Annual report on the working of the mental hospitals in the Madras Presidency - 1912-1932
Year: 1912
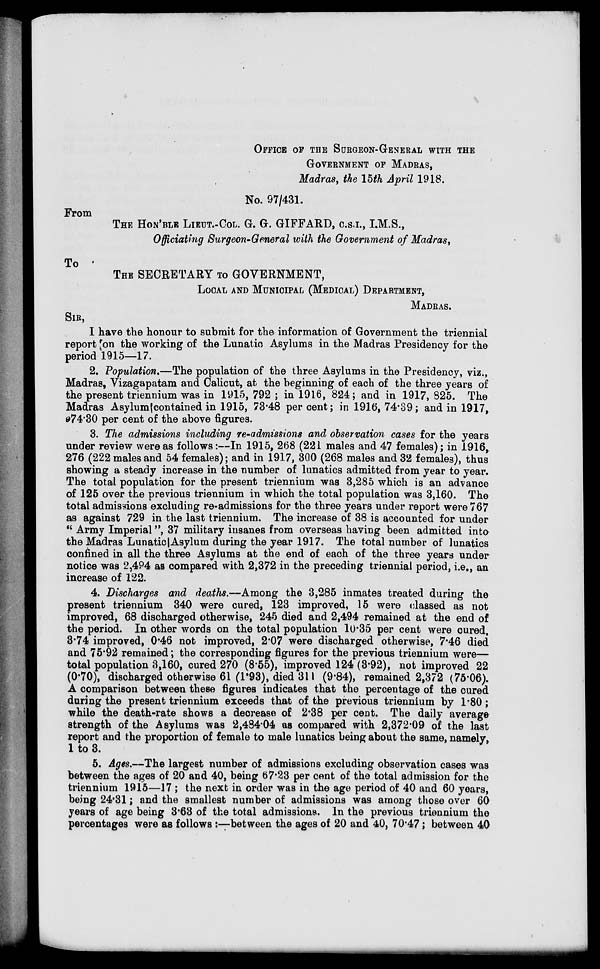
OFFICE OF THE SURGEON-GENERAL WITH THE
GOVERNMENT
OF
MADRAS,
Madras, the 15th April 1918.
No. 97/431.
From
THE HON'BLE LIEUT.-COL. G. G. GIFFARD, C.S.I., I.M.S.,
Officiating Surgeon-General with the Government of Madras,
To
THE SECRETARY TO GOVERNMENT,
LOCAL AND MUNICIPAL (MEDICAL) DEPARTMENT,
MADRAS.
SIR,
I have the honour to submit for the information of Government the triennial
report on the working of the Lunatic Asylums in the Madras Presidency for the
period 1915—17.
2. Population.—The population of the three Asylums in the Presidency, viz.,
Madras, Vizagapatam and Calicut, at the beginning of each of the three years of
the present triennium was in 1915, 792 ; in 1916, 824 ; and in 1917, 825. The
Madras Asylum contained in 1915, 73.48 per cent ; in 1916, 74.39; and in 1917,
74.30 per cent of the above figures.
3. The admissions including re-admissions and observation cases for the years
under review were as follows :—In 1915, 268 (221 males and 47 females); in 1916,
276 (222 males and 54 females); and in 1917, 300 (268 males and 32 females), thus
showing a steady increase in the number of lunatics admitted from year to year.
The total population for the present triennium was 3,285 which is an advance
of 125 over the previous triennium in which the total population was 3,160. The
total admissions excluding re-admissions for the three years under report were 767
as against 729 in the last triennium. The increase of 38 is accounted for under
" Army Imperial ", 37 military insanes from overseas having been admitted into
the Madras Lunatic Asylum during the year 1917. The total number of lunatics
confined in all the three Asylums at the end of each of the three years under
notice was 2,494 as compared with 2,372 in the preceding triennial period, i.e., an
increase of 122.
4. Discharges and deaths.—Among the 3,285 inmates treated during the
present triennium 340 were cured, 123 improved, 15 were classed as not
improved, 68 discharged otherwise, 245 died and 2,494 remained at the end of
the period. In other words on the total population 10.35 per cent were cured,
3.74 improved, 0.46 not improved, 2.07 were discharged otherwise, 7.46 died
and 75.92 remained ; the corresponding figures for the previous triennium were—
total population 3,160, cured 270 (8.55), improved 124 (3.92), not improved 22
(0.70), discharged otherwise 61 (1.93), died 314 (9.84), remained 2,372 (75.06).
A comparison between these figures indicates that the percentage of the cured
during the present triennium exceeds that of the previous triennium by 1.80;
while the death-rate shows a decrease of 2.38 per cent. The daily average
strength of the Asylums was 2,484.04 as compared with 2,372.09 of the last
report and the proportion of female to male lunatics being about the same, namely,
1 to 3.
5. Ages.—The largest number of admissions excluding observation cases was
between the ages of 20 and 40, being 67.23 per cent of the total admission for the
triennium 1915—17 ; the next in order was in the age period of 40 and 60 years,
being 24.31; and the smallest number of admissions was among those over 60
years of age being 3.63 of the total admissions. In the previous triennium the
percentages were as follows :—between the ages of 20 and 40, 70.47; between 40